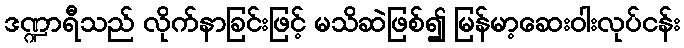
ဒဏ္ဍာရီသည် လိုက်နာခြင်းဖြင့် မသိဆဲဖြစ်၍ မြန်မာ့ဆေးဝါးလုပ်ငန်း